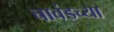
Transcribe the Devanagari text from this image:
चावंडच्या